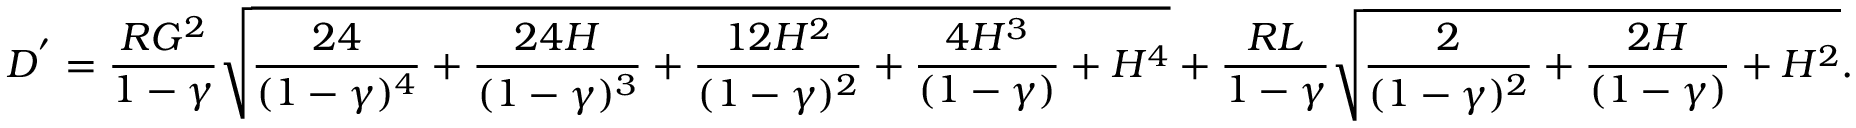
D ^ { ' } = \frac { R G ^ { 2 } } { 1 - \gamma } \sqrt { \frac { 2 4 } { ( 1 - \gamma ) ^ { 4 } } + \frac { 2 4 H } { ( 1 - \gamma ) ^ { 3 } } + \frac { 1 2 H ^ { 2 } } { ( 1 - \gamma ) ^ { 2 } } + \frac { 4 H ^ { 3 } } { ( 1 - \gamma ) } + H ^ { 4 } } + \frac { R L } { 1 - \gamma } \sqrt { \frac { 2 } { ( 1 - \gamma ) ^ { 2 } } + \frac { 2 H } { ( 1 - \gamma ) } + H ^ { 2 } } .